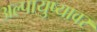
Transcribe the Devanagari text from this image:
अल्पायुष्यावर